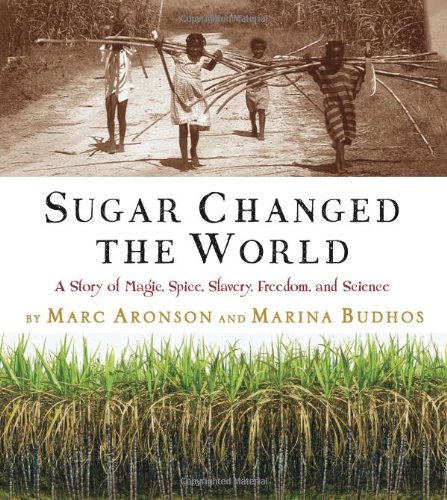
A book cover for Sugar Changed the World: A Story of Magic, Spice, Slavery, Freedom, and Science; Marc Aronson; History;